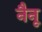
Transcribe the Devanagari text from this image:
नैनू